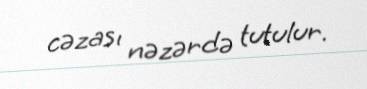
cəzası nəzərdə tutulur.